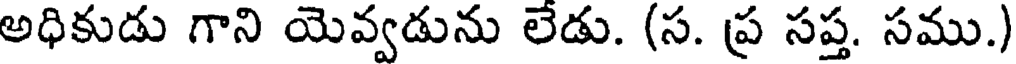
అధికుడు గాని యెవ్వడును లెడు. (స. ప్ర సప్త. సము.)